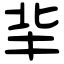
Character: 𠤖